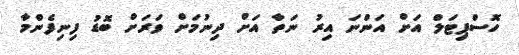
ހޮސްޕިޓަލް އަށް އަންނަ އިރު ނަތާ އަށް ދިނުމަށް ވަރަށް ބޮޑު ފިނިފެންމާ